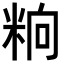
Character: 𥹝